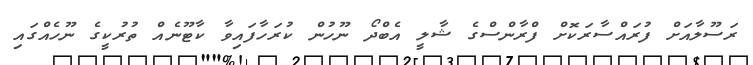
ރަސޫލާއަށް ފުރައްސާރަކޮށް ފްރާންސްގެ ޝާލީ އެބްދޯ ނޫހުން ކުރަހާފައިވާ ކާޓޫނެއް ތުރުކީގެ ނޫހެއްގައި